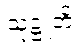
သုဋ္ဌူတိ